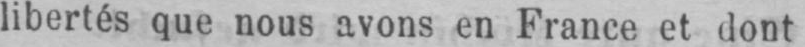
libertés que nous avons en France et dont